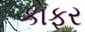
કોફર